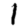
Digit: 1